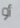
أو